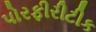
પોરફીરીટીક